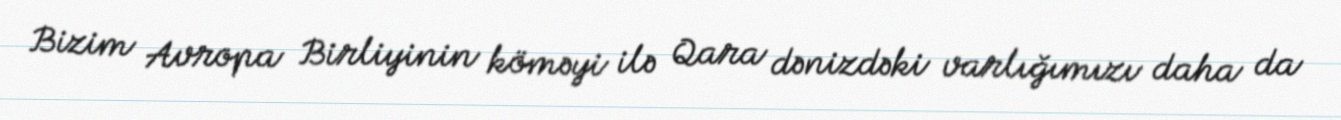
Bizim Avropa Birliyinin köməyi ilə Qara dənizdəki varlığımızı daha da